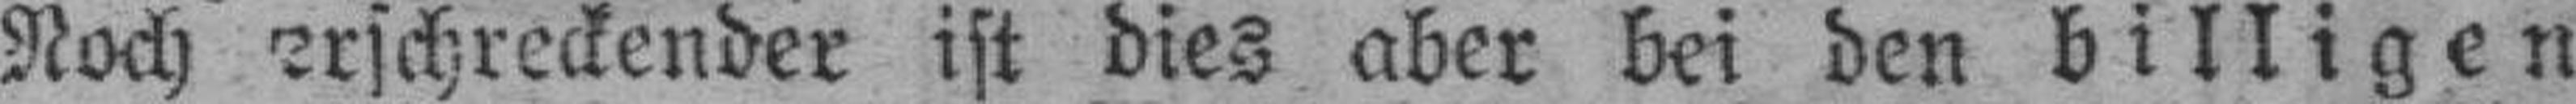
Noch erschreckender ist dies aber bei den billigen